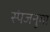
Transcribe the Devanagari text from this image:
स्पंजनुमा